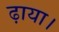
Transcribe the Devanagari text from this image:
ढ़ाया।